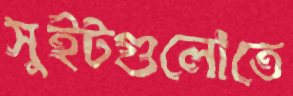
সুইটগুলোতে